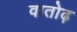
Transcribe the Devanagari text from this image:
वातोढ़